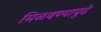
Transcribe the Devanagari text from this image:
मिळवण्यापुढे